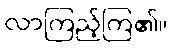
လာကြည့်ကြ၏။